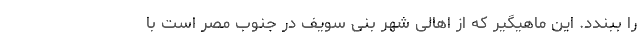
را ببندد. این ماهیگیر که از اهالی شهر بنی سویف در جنوب مصر است با